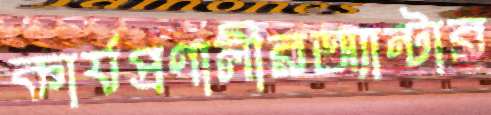
কার্যপ্রণালীরঅ্যান্টার